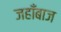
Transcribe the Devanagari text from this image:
जहाँबाज